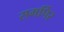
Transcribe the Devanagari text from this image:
समर्पिर